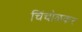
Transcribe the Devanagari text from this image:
चिंचोळकर